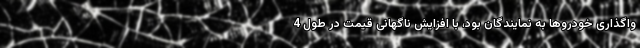
واگذاری خودروها به نمایندگان بود، با افزایش ناگهانی قیمت در طول 4